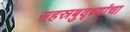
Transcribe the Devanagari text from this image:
सहस्रबुद्ध्यांचा